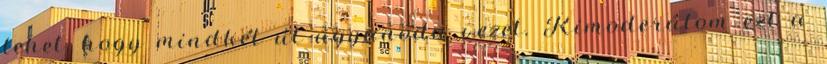
lehet, hogy mindkét út ugyanoda vezet. Kimoderálom ezt a